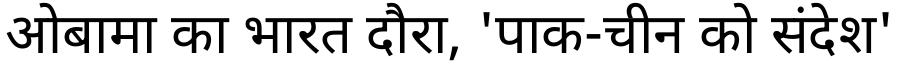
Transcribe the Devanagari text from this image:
ओबामा का भारत दौरा, 'पाक-चीन को संदेश'